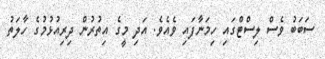
ސަބަބު ވެސް ލިސްޓްގައި ހިމަނާފައި ވެއެވެ. އަދި މީގެ އިތުރުން ދިރިއުޅުމުގެ ހާލަތު